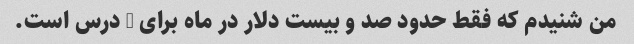
من شنیدم که فقط حدود صد و بیست دلار در ماه برای 8 درس است.